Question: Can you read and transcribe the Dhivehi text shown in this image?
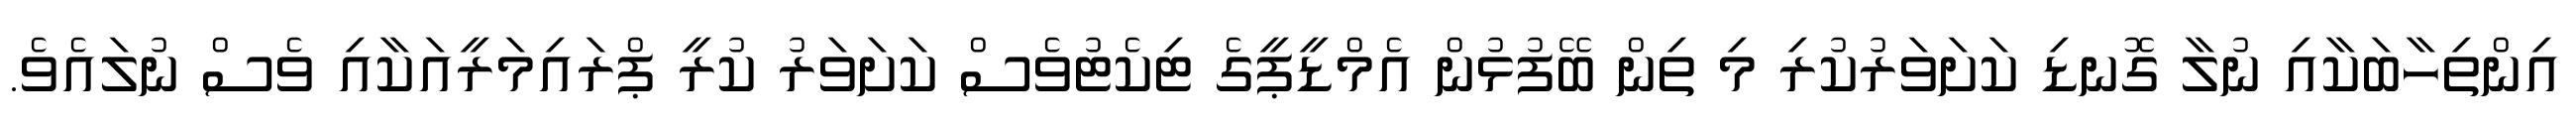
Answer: އިންތިހާބަކާއި ނުލާ ގޮނޑި ކަށަވަރުކުރި މި ތިން ބޭފުޅުން އެމްޑީޕީގެ ޓިކެޓުވެސް ކަށަވަރު ކުރީ ޕްރައިމަރީއަކާއި ވެސް ނުލައެވެ.